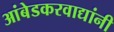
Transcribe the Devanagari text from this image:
आंबेडकरवाद्यांनी